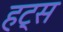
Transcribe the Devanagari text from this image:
हट्स